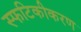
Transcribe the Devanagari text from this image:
स्फटिकीकरण